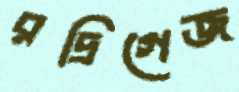
রদ্রিগেজ